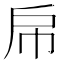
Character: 帍